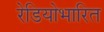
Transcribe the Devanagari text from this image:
रेडियोभारित